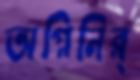
অগ্নিনির্